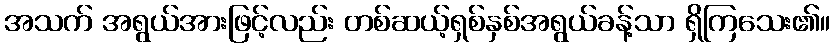
အသက် အရွယ်အားဖြင့်လည်း တစ်ဆယ့်ရှစ်နှစ်အရွယ်ခန့်သာ ရှိကြသေး၏။